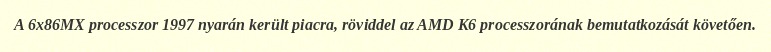
A 6x86MX processzor 1997 nyarán került piacra, röviddel az AMD K6 processzorának bemutatkozását követően.